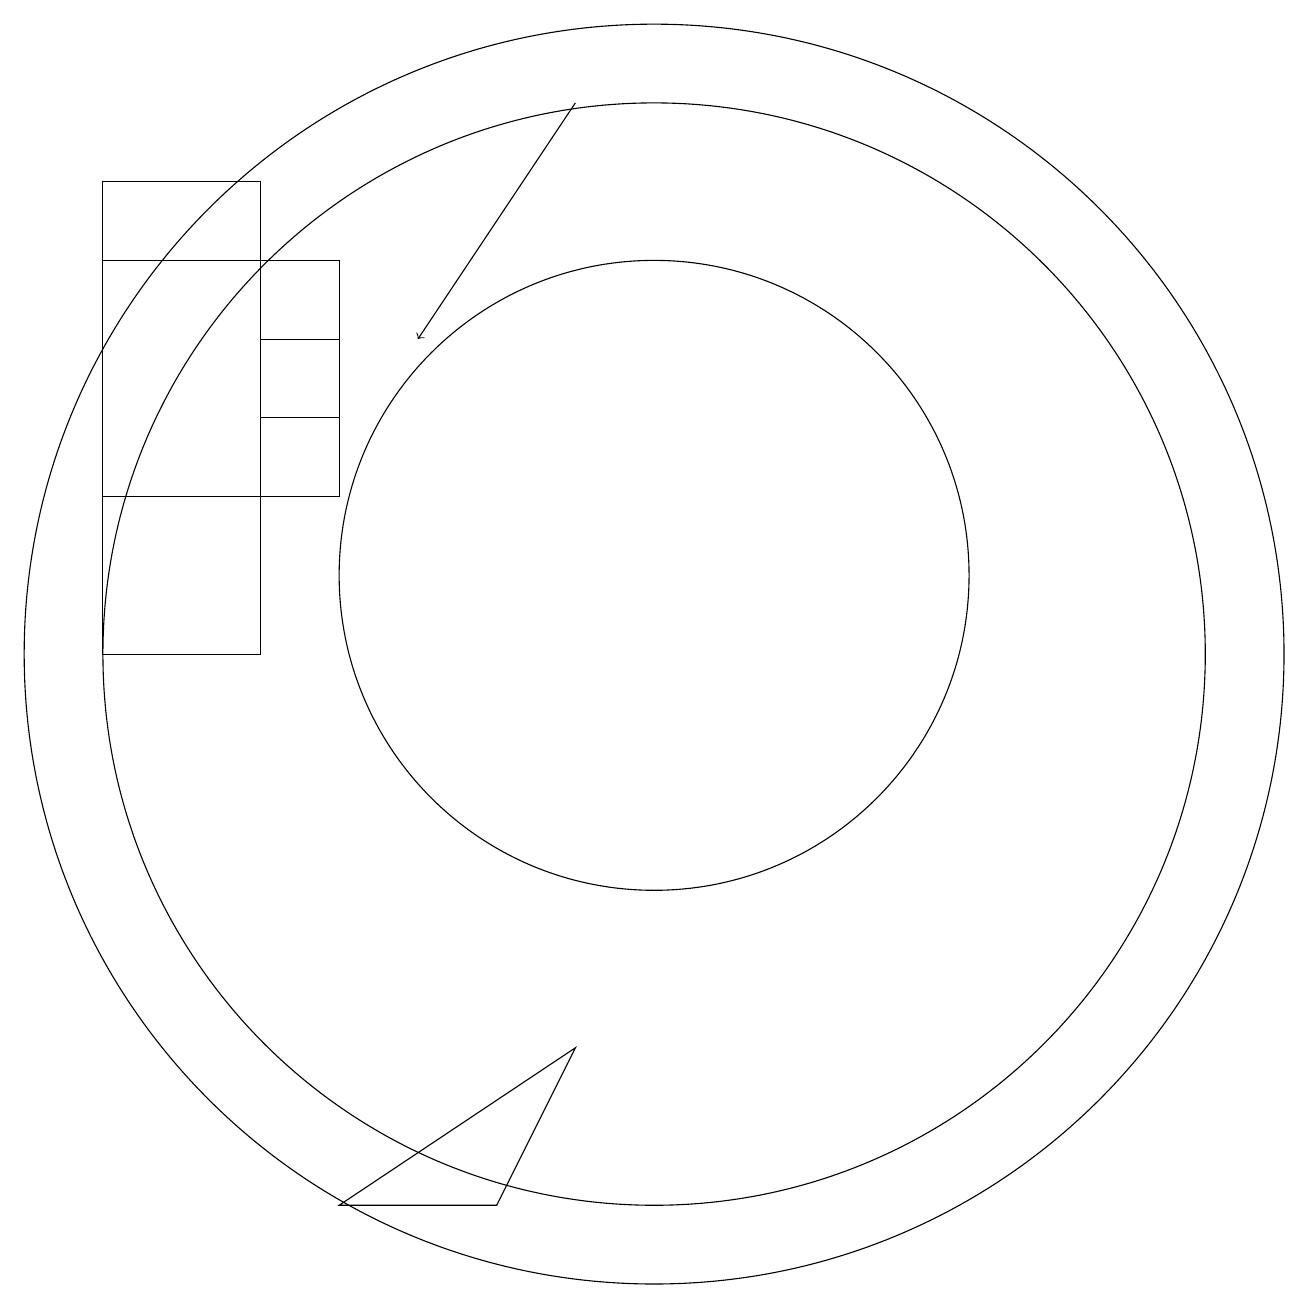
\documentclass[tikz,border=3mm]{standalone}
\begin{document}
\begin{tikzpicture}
\draw (10,11) circle (8);
\draw (10,12) circle (4);
\draw (10,11) circle (7);
\draw (5,15) rectangle (6,14);
\draw (3,11) rectangle (5,17);
\draw (8,4) -- (9,6) -- (6,4) -- cycle;
\draw[->] (9,18) -- (7,15);
\draw (3,13) rectangle (6,16);
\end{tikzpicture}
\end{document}